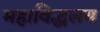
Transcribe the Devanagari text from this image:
महाविद्धलय